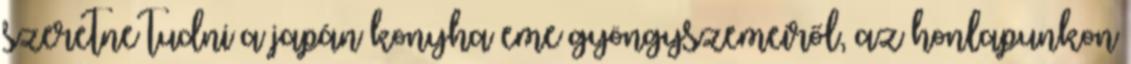
szeretne tudni a japán konyha eme gyöngyszemeiről, az honlapunkon